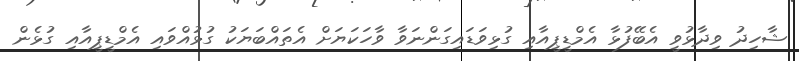
ޝާހިދު ވިދާޅުވީ އެބޭފުޅާ އެމްޑީޕީއާއި ގުޅިވަޑައިގަންނަވާ ވާހަކަޔަށް އެތައްބަޔަކު ގުޅުއްވައި އެމްޑީޕީއާއި ގުޅެން